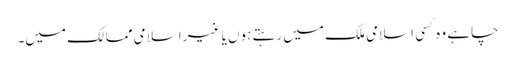
چاہے وہ کسی اسلامی ملک میں رہتے ہوں یا غیر اسلامی ممالک میں۔